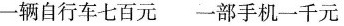
一辆自行车七百元一部手机一千元